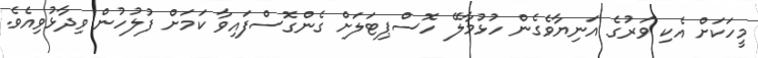
މީހަކަށް އެކި ވަރުގެ އަނިޔާވެގެން ހުޅުމާލޭ ހޮސްޕިޓަލަށް ގެންގޮސްފައިވާ ކަމަށް ފުލުހުން ވިދާޅުވިއެވެ.